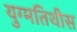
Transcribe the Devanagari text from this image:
युग्मतिथीस